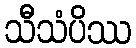
သီသံပိဿ